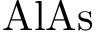
\mathrm { { A l A s } }